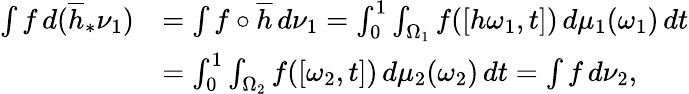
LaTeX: \begin{array}{rl}{\int f\, d(\overline{{h}}_{*}\nu_{1})}&{=\int f\circ\overline{{h}}\, d\nu_{1}=\int_{0}^{1}\int_{\Omega_{1}}f([h\omega_{1},t])\, d\mu_{1}(\omega_{1})\, dt}\\ &{=\int_{0}^{1}\int_{\Omega_{2}}f([\omega_{2},t])\, d\mu_{2}(\omega_{2})\, dt=\int f\, d\nu_{2},}\end{array}